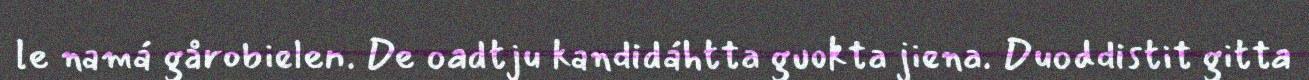
le namá gårobielen. De oadtju kandidáhtta guokta jiena. Duoddistit gitta